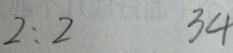
2 : 2 3 4